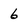
Character: 6